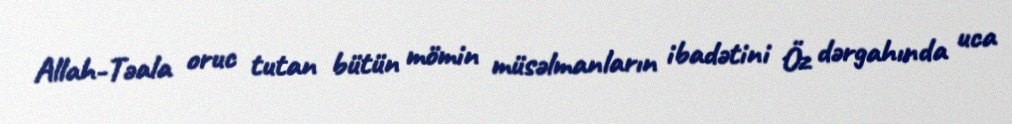
Allah-Təala oruc tutan bütün mömin müsəlmanların ibadətini Öz dərgahında uca